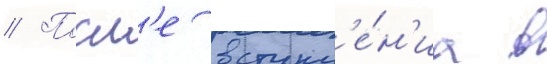
// Посл'е вступл'е́н'иа в